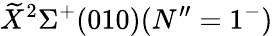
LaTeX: \widetilde{X}^{2}\Sigma^{+}(010)(N^{\prime\prime}=1^{-})